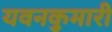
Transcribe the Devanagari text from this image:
यवनकुमारी